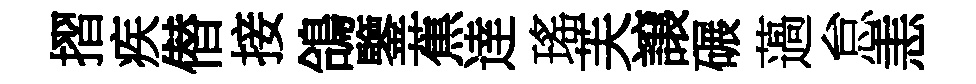
摺疾僣接鴿鑒蕉逹瑤芙譲碾薖怠恚